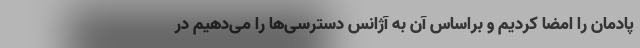
پادمان را امضا کردیم و براساس آن به آژانس دسترسی‌ها را می‌دهیم در